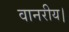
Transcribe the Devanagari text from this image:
वानरीय।